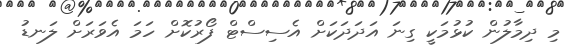
މި ދިމާލުން ކުޅުމަކީ ގިނަ އަދަދަކަށް އެސިސްޓް ފޯރުކޮށް ހަމަ އެވަރަށް ލަނޑު